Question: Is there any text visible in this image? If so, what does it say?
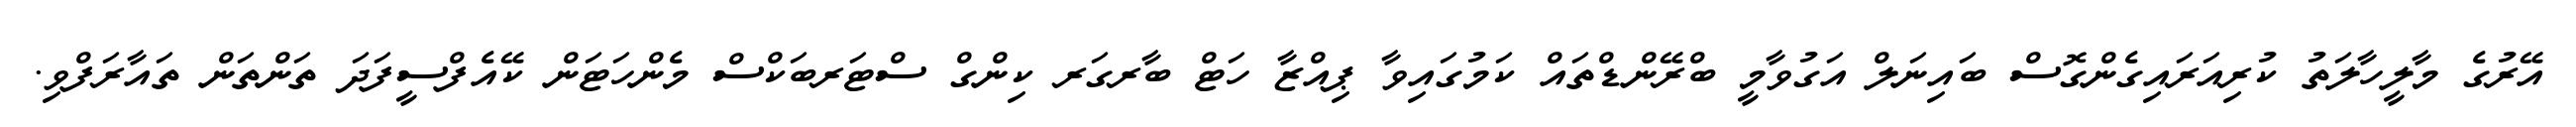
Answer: އޭރުގެ މާލީހާލަތު ކުރިއަރައިގެންގޮސް ބައިނަލް އަގުވާމީ ބްރޭންޑްތައް ކަމުގައިވާ ޕިއްޒާ ހަޓް ބާރގަރ ކިންގް ސްޓަރބަކްސް މެންހަޓަން ކޭއެފްސީފަދަ ތަންތަން ތައާރަފްވި.